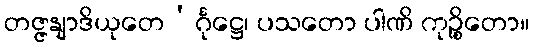
တဇ္ဇနျာဒိယုတေ’င်္ဂုဋ္ဌေ၊ ပသတော ပါဏိ ကုဉ္စိတော။